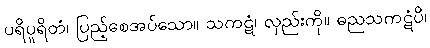
ပရိပူရိတံ၊ ပြည့်စေအပ်သော။ သကဋံ၊ လှည်းကို။ ဓညသကဋံပိ၊